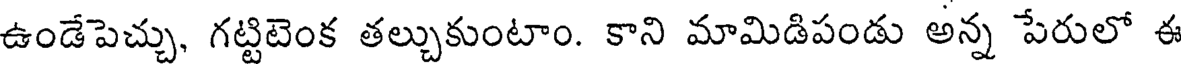
ఉండేపెచ్చు, గట్టిటెంక తల్చుకుంటాం. కాని మామిడిపండు అన్న పేరులో ఈ